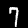
Label: 7